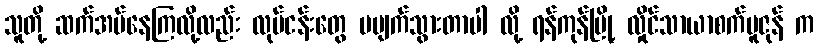
သူတို့ ဆက်အပ်နေကြလို့လည်း လုပ်ငန်းတွေ မပျက်သွားတာပါ လို့ ရန်ကုန်မြို့ လှိုင်သာယာစက်မူဇုန် က